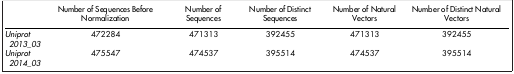
<table><thead><tr><td><b> </b></td><td><b>Number of Sequences Before Normalization</b></td><td><b>Number of Sequences</b></td><td><b>Number of Distinct Sequences</b></td><td><b>Number of Natural Vectors</b></td><td><b>Number of Distinct Natural Vectors</b></td></tr></thead><tbody><tr><td><i>Uniprot 2013_03</i></td><td>472284</td><td>471313</td><td>392455</td><td>471313</td><td>392455</td></tr><tr><td><i>Uniprot 2014_03</i></td><td>475547</td><td>474537</td><td>395514</td><td>474537</td><td>395514</td></tr></tbody></table>